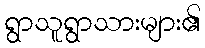
ရွာသူရွာသားများ၏